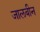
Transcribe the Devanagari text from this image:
जालबीन